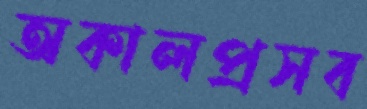
অকালপ্রসব